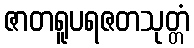
ဇာတရူပရဇတသုတ္တံ